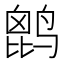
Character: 𪉔